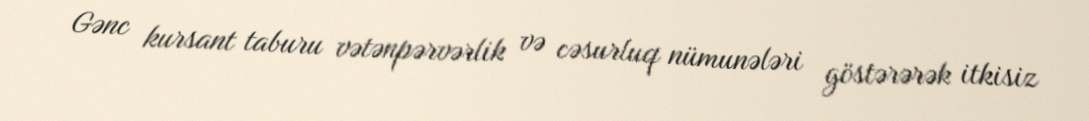
Gənc kursant taburu vətənpərvərlik və cəsurluq nümunələri göstərərək itkisiz